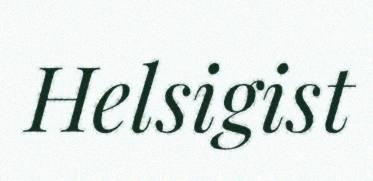
Helsigist